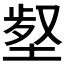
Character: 𡎙